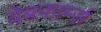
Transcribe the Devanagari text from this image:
वेबफार्म्स